65_HS1-834228961_62-HQ-83894_Serial_164
Agency: FBI
Page 10
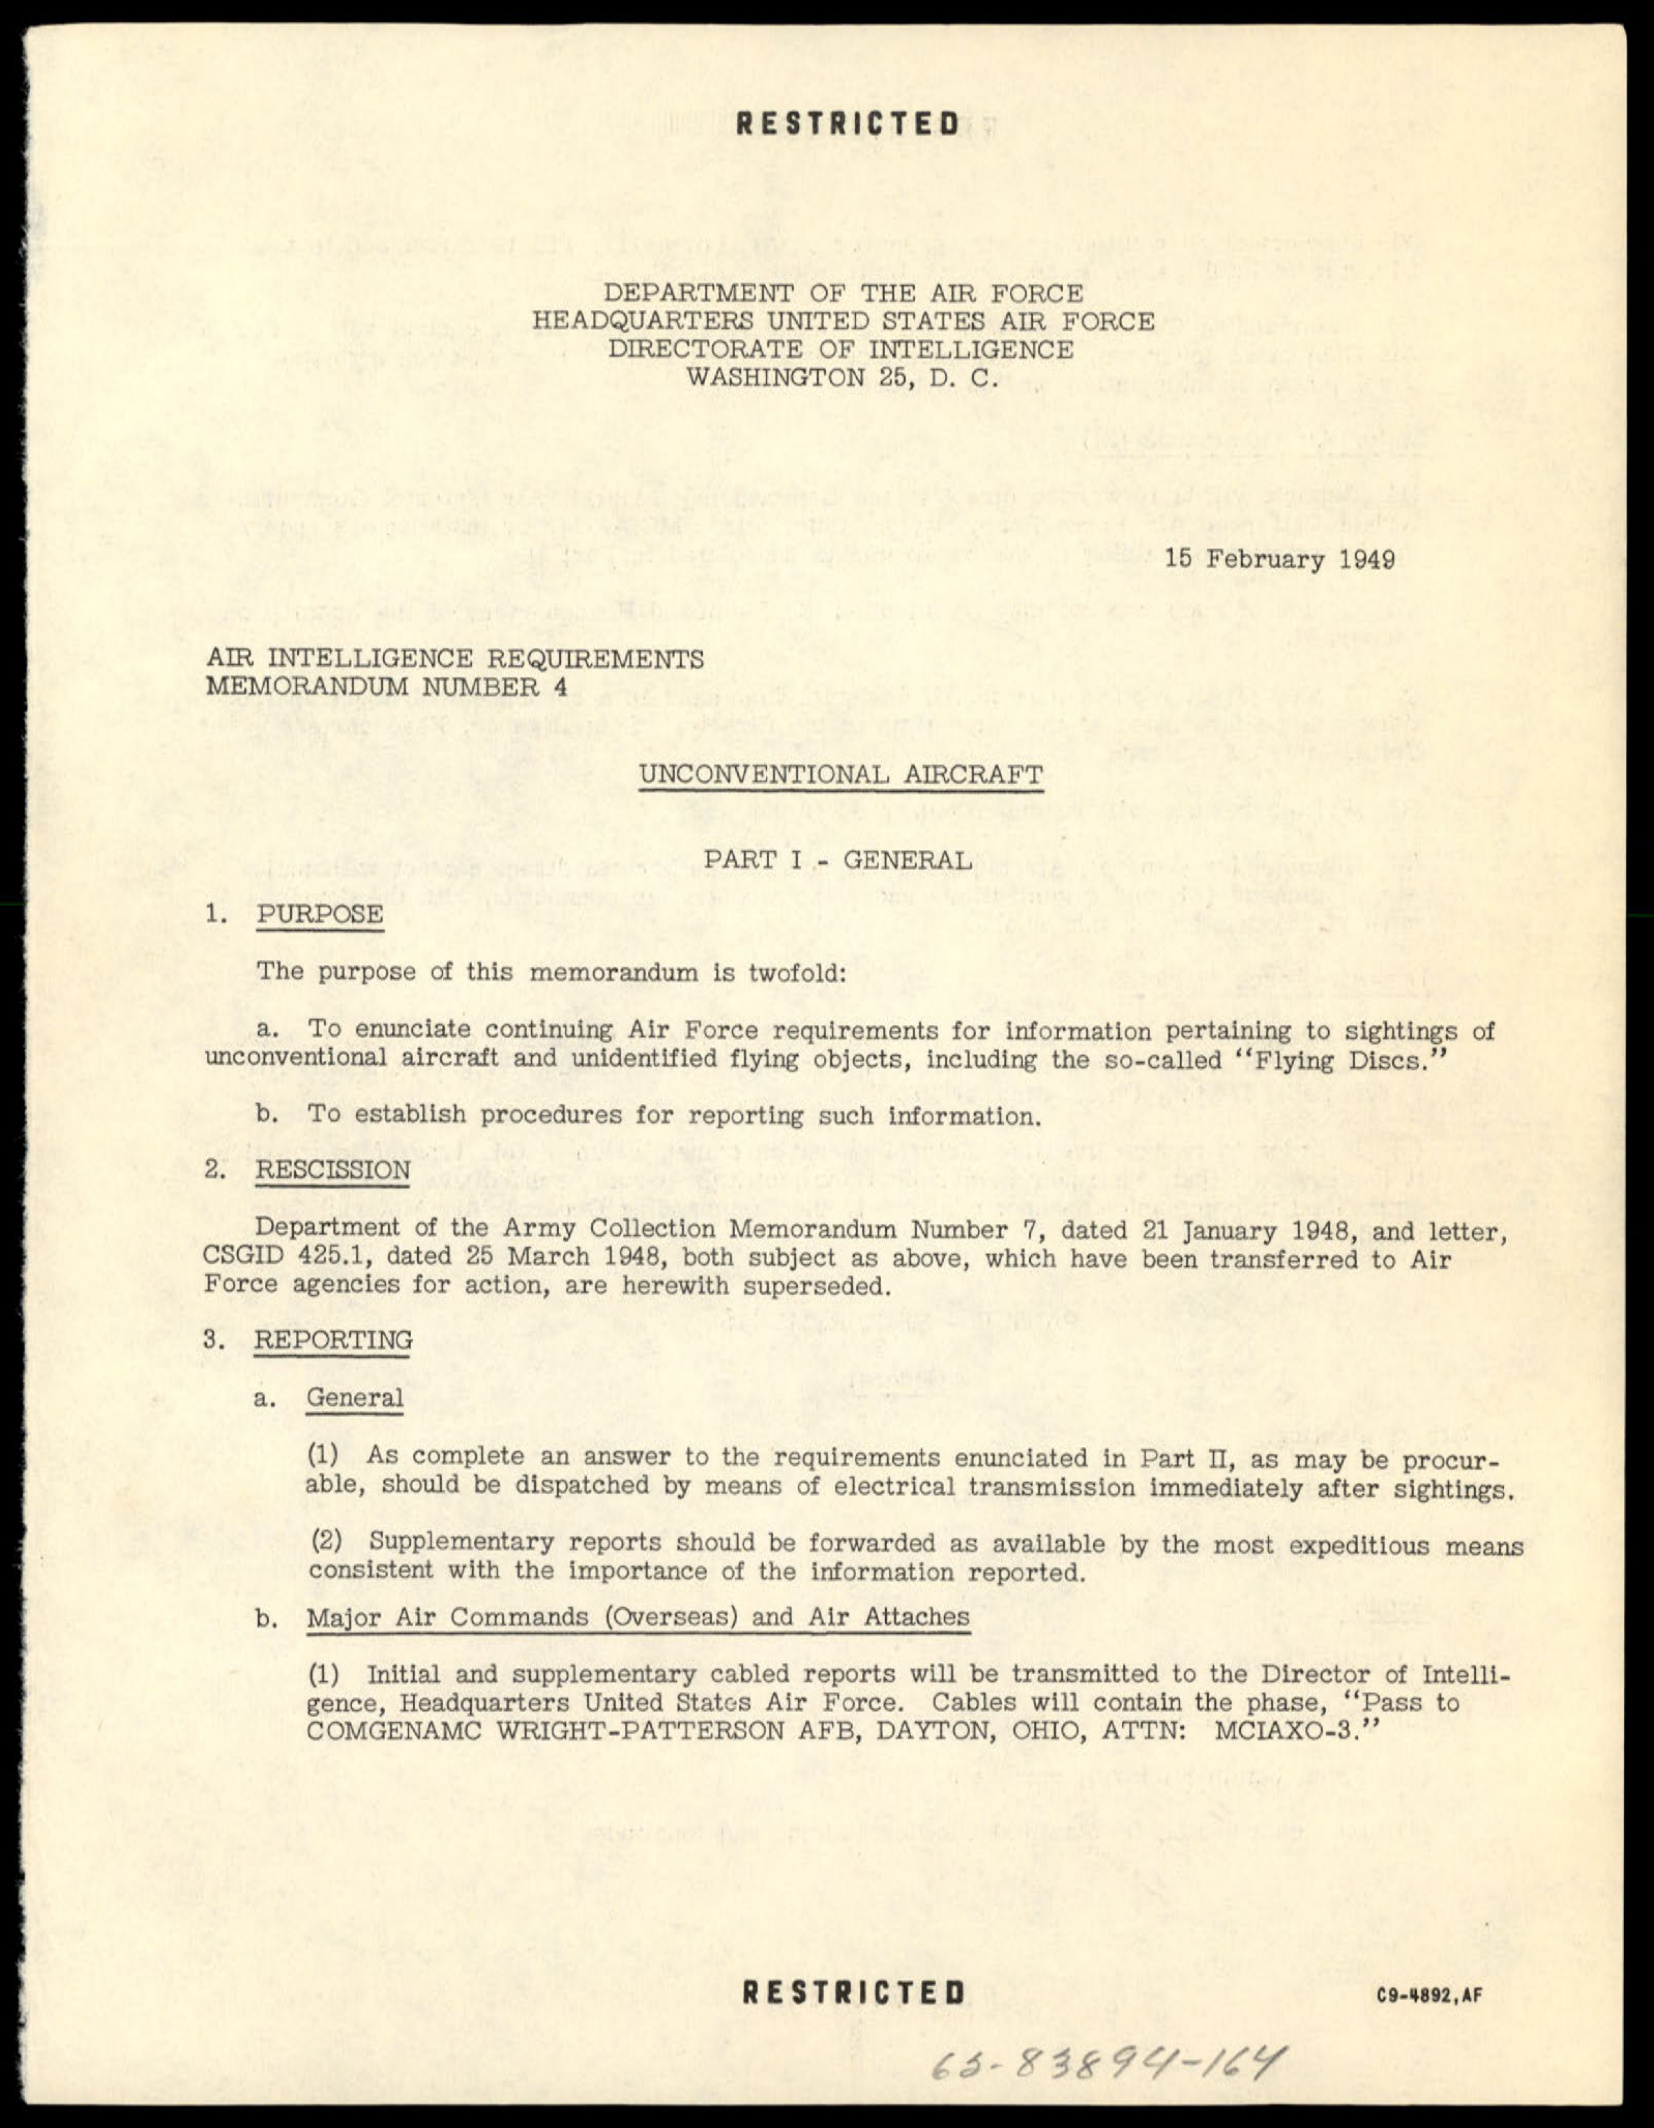